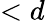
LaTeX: <d